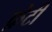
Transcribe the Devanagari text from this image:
फ़ेटी